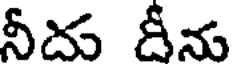
నీదు దీను